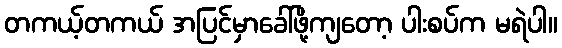
တကယ့်တကယ် အပြင်မှာခေါ်ဖို့ကျတော့ ပါးစပ်က မရဲပါ။